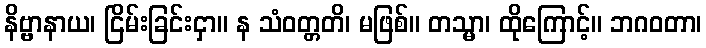
နိဗ္ဗာနာယ၊ ငြိမ်းခြင်းငှာ။ န သံဝတ္တတိ၊ မဖြစ်။ တသ္မာ၊ ထိုကြောင့်။ ဘဂဝတာ၊